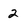
Character: 2